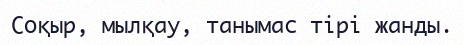
Соқыр, мылқау, танымас тірі жанды.